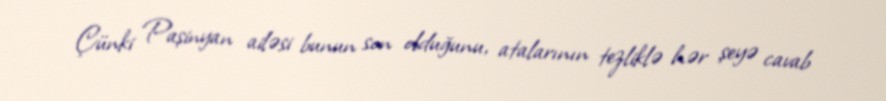
Çünki Paşinyan ailəsi bunun son olduğunu, atalarının tezliklə hər şeyə cavab